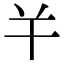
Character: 𢆉